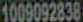
1009092838